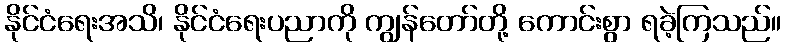
နိုင်ငံရေးအသိ၊ နိုင်ငံရေးပညာကို ကျွန်တော်တို့ ကောင်းစွာ ရခဲ့ကြသည်။